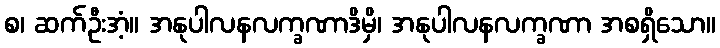
စ၊ ဆက်ဦးအံ့။ အနုပါလနလက္ခဏာဒိမှိ၊ အနုပါလနလက္ခဏာ အစရှိသော။